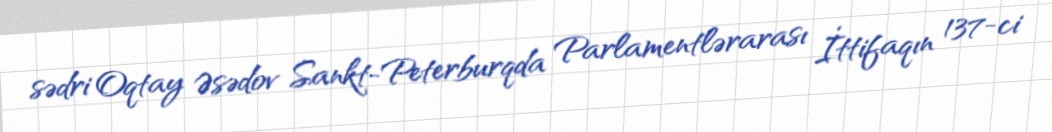
sədri Oqtay Əsədov Sankt-Peterburqda Parlamentlərarası İttifaqın 137-ci